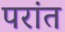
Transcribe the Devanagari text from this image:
परांत